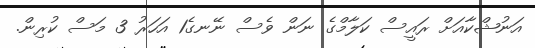
އަނުޝްކާއަށް ރައީސް ކަލާމްގެ ނަން ވެސް ނޭނގެ1 އަހަރު 3 މަސް ކުރިން.